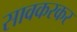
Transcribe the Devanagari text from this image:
सावकरकर